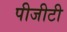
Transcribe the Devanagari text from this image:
पीजीटी